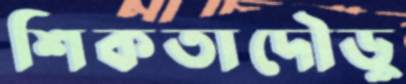
শিকতাদৌড়ু